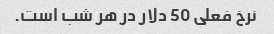
نرخ فعلی 50 دلار در هر شب است.